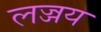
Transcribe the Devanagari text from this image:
लज्जय